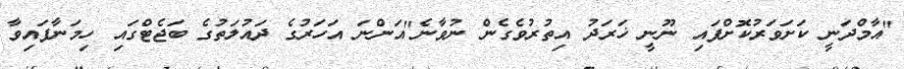
"އާމްދަނީ ކަށަވަރުކޮށްފައި ނޫނީ ޚަރަދު އިތުރުވެގެން ނުވާނެ"އަންނަ އަހަރުގެ ދައުލަތުގެ ބަޖެޓްގައި ހިމަނާފައިވާ